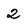
Character: 2